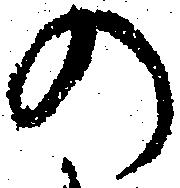
の